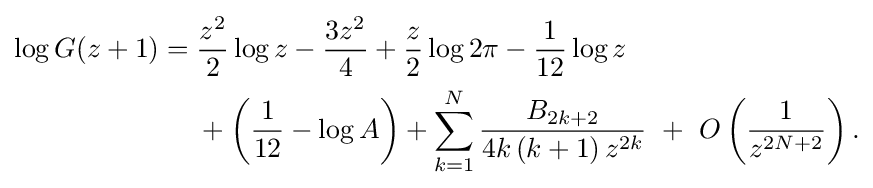
{\begin{aligned}\log G(z+1)={}&{\frac {z^{2}}{2}}\log z-{\frac {3z^{2}}{4}}+{\frac {z}{2}}\log 2\pi -{\frac {1}{12}}\log z\\&{}+\left({\frac {1}{12}}-\log A\right)+\sum _{k=1}^{N}{\frac {B_{2k+2}}{4k\left(k+1\right)z^{2k}}}~+~O\left({\frac {1}{z^{2N+2}}}\right).\end{aligned}}